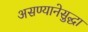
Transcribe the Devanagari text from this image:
असण्यानेसुद्धा